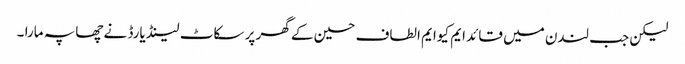
لیکن جب لندن میں قائد ایم کیوایم الطاف حسین کے گھر پر سکاٹ لینڈ یارڈ نے چھاپہ مارا ۔